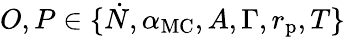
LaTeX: O,P\in\{ \dot{N},\alpha_{\mathrm{MC}},A,\Gamma,r_{\mathrm{p}},T\}